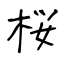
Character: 桜